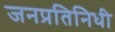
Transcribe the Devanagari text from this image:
जनप्रतिनिधी